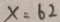
x = 6 2